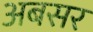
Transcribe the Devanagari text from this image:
अबसर